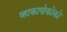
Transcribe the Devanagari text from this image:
व्हाकापोकोको